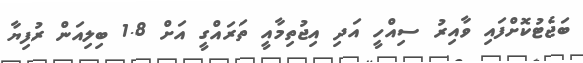
ބަޖެޓުކޮށްފައި ވާއިރު ސިއްހީ އަދި އިޖުތިމާއީ ތަރައްގީ އަށް 1.8 ބިލިއަން ރުފިޔާ